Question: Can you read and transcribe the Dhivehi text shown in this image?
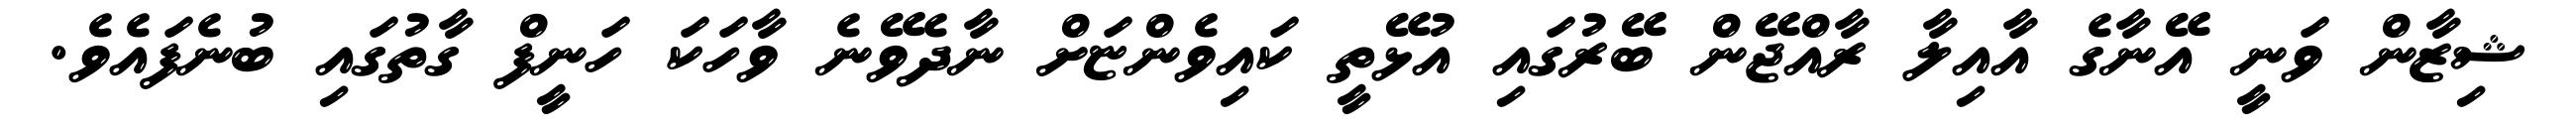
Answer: ޝިޒާން ވަނީ އޭނާގެ އާއިލާ ރާއްޖޭން ބޭރުގައި އުޅޭތީ ކައިވެންޏަށް ނާދެވޭނެ ވާހަކަ ހަނީފް ގާތުގައި ބުނެފައެވެ.